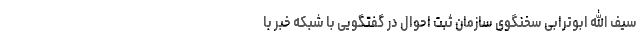
سیف الله ابوترابی سخنگوی سازمان ثبت احوال در گفتگویی با شبکه خبر با